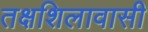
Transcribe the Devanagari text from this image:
तक्षशिलावासी